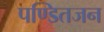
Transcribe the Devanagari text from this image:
पण्डितजन